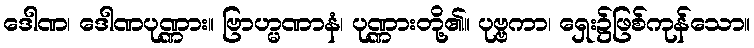
ဒေါဏ၊ ဒေါဏပုဏ္ဏား။ ဗြာဟ္မဏာနံ၊ ပုဏ္ဏားတို့၏။ ပုဗ္ဗကာ၊ ရှေး၌ဖြစ်ကုန်သော။